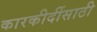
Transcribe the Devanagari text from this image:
कारकीर्दीसाठी